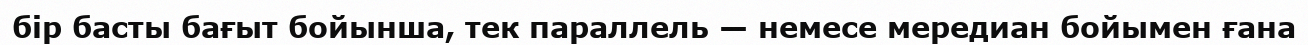
бір басты бағыт бойынша, тек параллель — немесе мередиан бойымен ғана